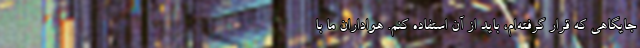
جایگاهی که قرار گرفته‌ام، باید از آن استفاده کنم. هواداران ما با